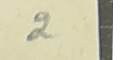
2